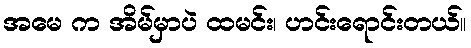
အမေ က အိမ်မှာပဲ ထမင်း၊ ဟင်းရောင်းတယ်။